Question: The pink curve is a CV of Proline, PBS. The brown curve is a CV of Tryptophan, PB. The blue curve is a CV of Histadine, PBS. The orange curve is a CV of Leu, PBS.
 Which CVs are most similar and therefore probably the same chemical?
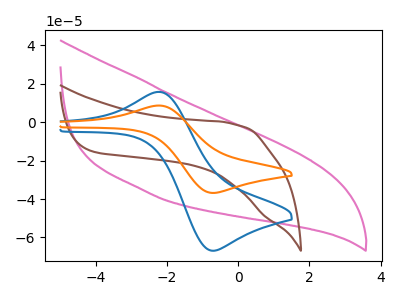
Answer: <think>The pink curve "Proline, PBS" has no peaks. The brown curve "Tryptophan, PB" has no peaks. The blue curve "Histadine, PBS" has an anodic peak at (-2.15V, 15.70uA) and a cathodic peak at (-0.70V, -66.90uA). The orange curve "Leu, PBS" has an anodic peak at (-2.15V, 8.65uA) and a cathodic peak at (-0.70V, -36.80uA).
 Neither "Proline, PBS" or "Tryptophan, PB" have any peaks. "Proline, PBS" and "Histadine, PBS" have a different number of peaks. "Proline, PBS" and "Leu, PBS" have a different number of peaks. "Tryptophan, PB" and "Histadine, PBS" have a different number of peaks. "Tryptophan, PB" and "Leu, PBS" have a different number of peaks. All the peaks in "Histadine, PBS" have a peak in "Leu, PBS" at the same potential. Every peak in "Histadine, PBS" is higher than every peak in "Leu, PBS".</think>
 <answer>"Histadine, PBS" and "Leu, PBS" have the same shape and are likely CV's of the same chemical.</answer>
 <eval>"Histadine, PBS" "Leu, PBS"</eval>